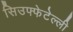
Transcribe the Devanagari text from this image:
सिउफ्फेटेल्ली